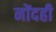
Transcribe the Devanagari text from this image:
नोंदही